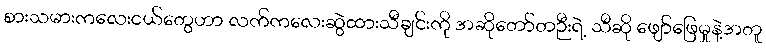
စားသမားကလေးငယ်တွေဟာ လက်ကလေးဆွဲထားသီချင်းကို အဆိုတော်တဉီးရဲ့ သီဆို ဖျော်ဖြေမှုနဲ့အတူ